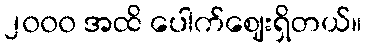
၂၀၀၀ အထိ ပေါက်ဈေးရှိတယ်။